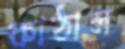
কাঠাল